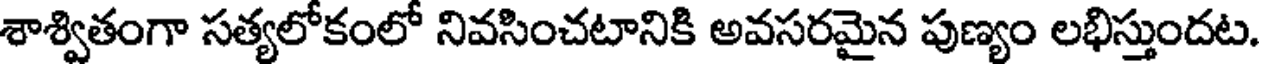
శాశ్వితంగా సత్యలోకంలో నివసించటానికి అవసరమైన పుణ్యం లభిస్తుందట.